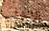
الاغلب